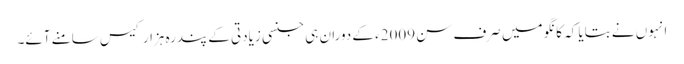
انہوں نے بتایا کہ کانگو میں صرف سن 2009ء کے دوران ہی جنسی زیادتی کے پندرہ ہزار کیس سامنے آئے۔